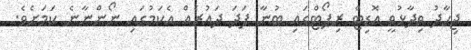
ޖިހާދު ވިދާޅުވީ އޮޑިޓް ރިޕޯޓްގައި ބުނާ ފަދަ ދައުރެއް އެކަމުގައި ނޯންނާނެ ކަމަށެވެ.